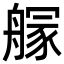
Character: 𦪃